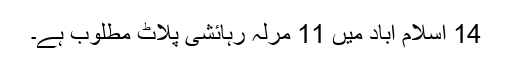
14 اسلام آباد میں 11 مرلہ رہائشی پلاٹ مطلوب ہے۔